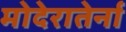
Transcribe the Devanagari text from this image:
मोदेरातेर्ना